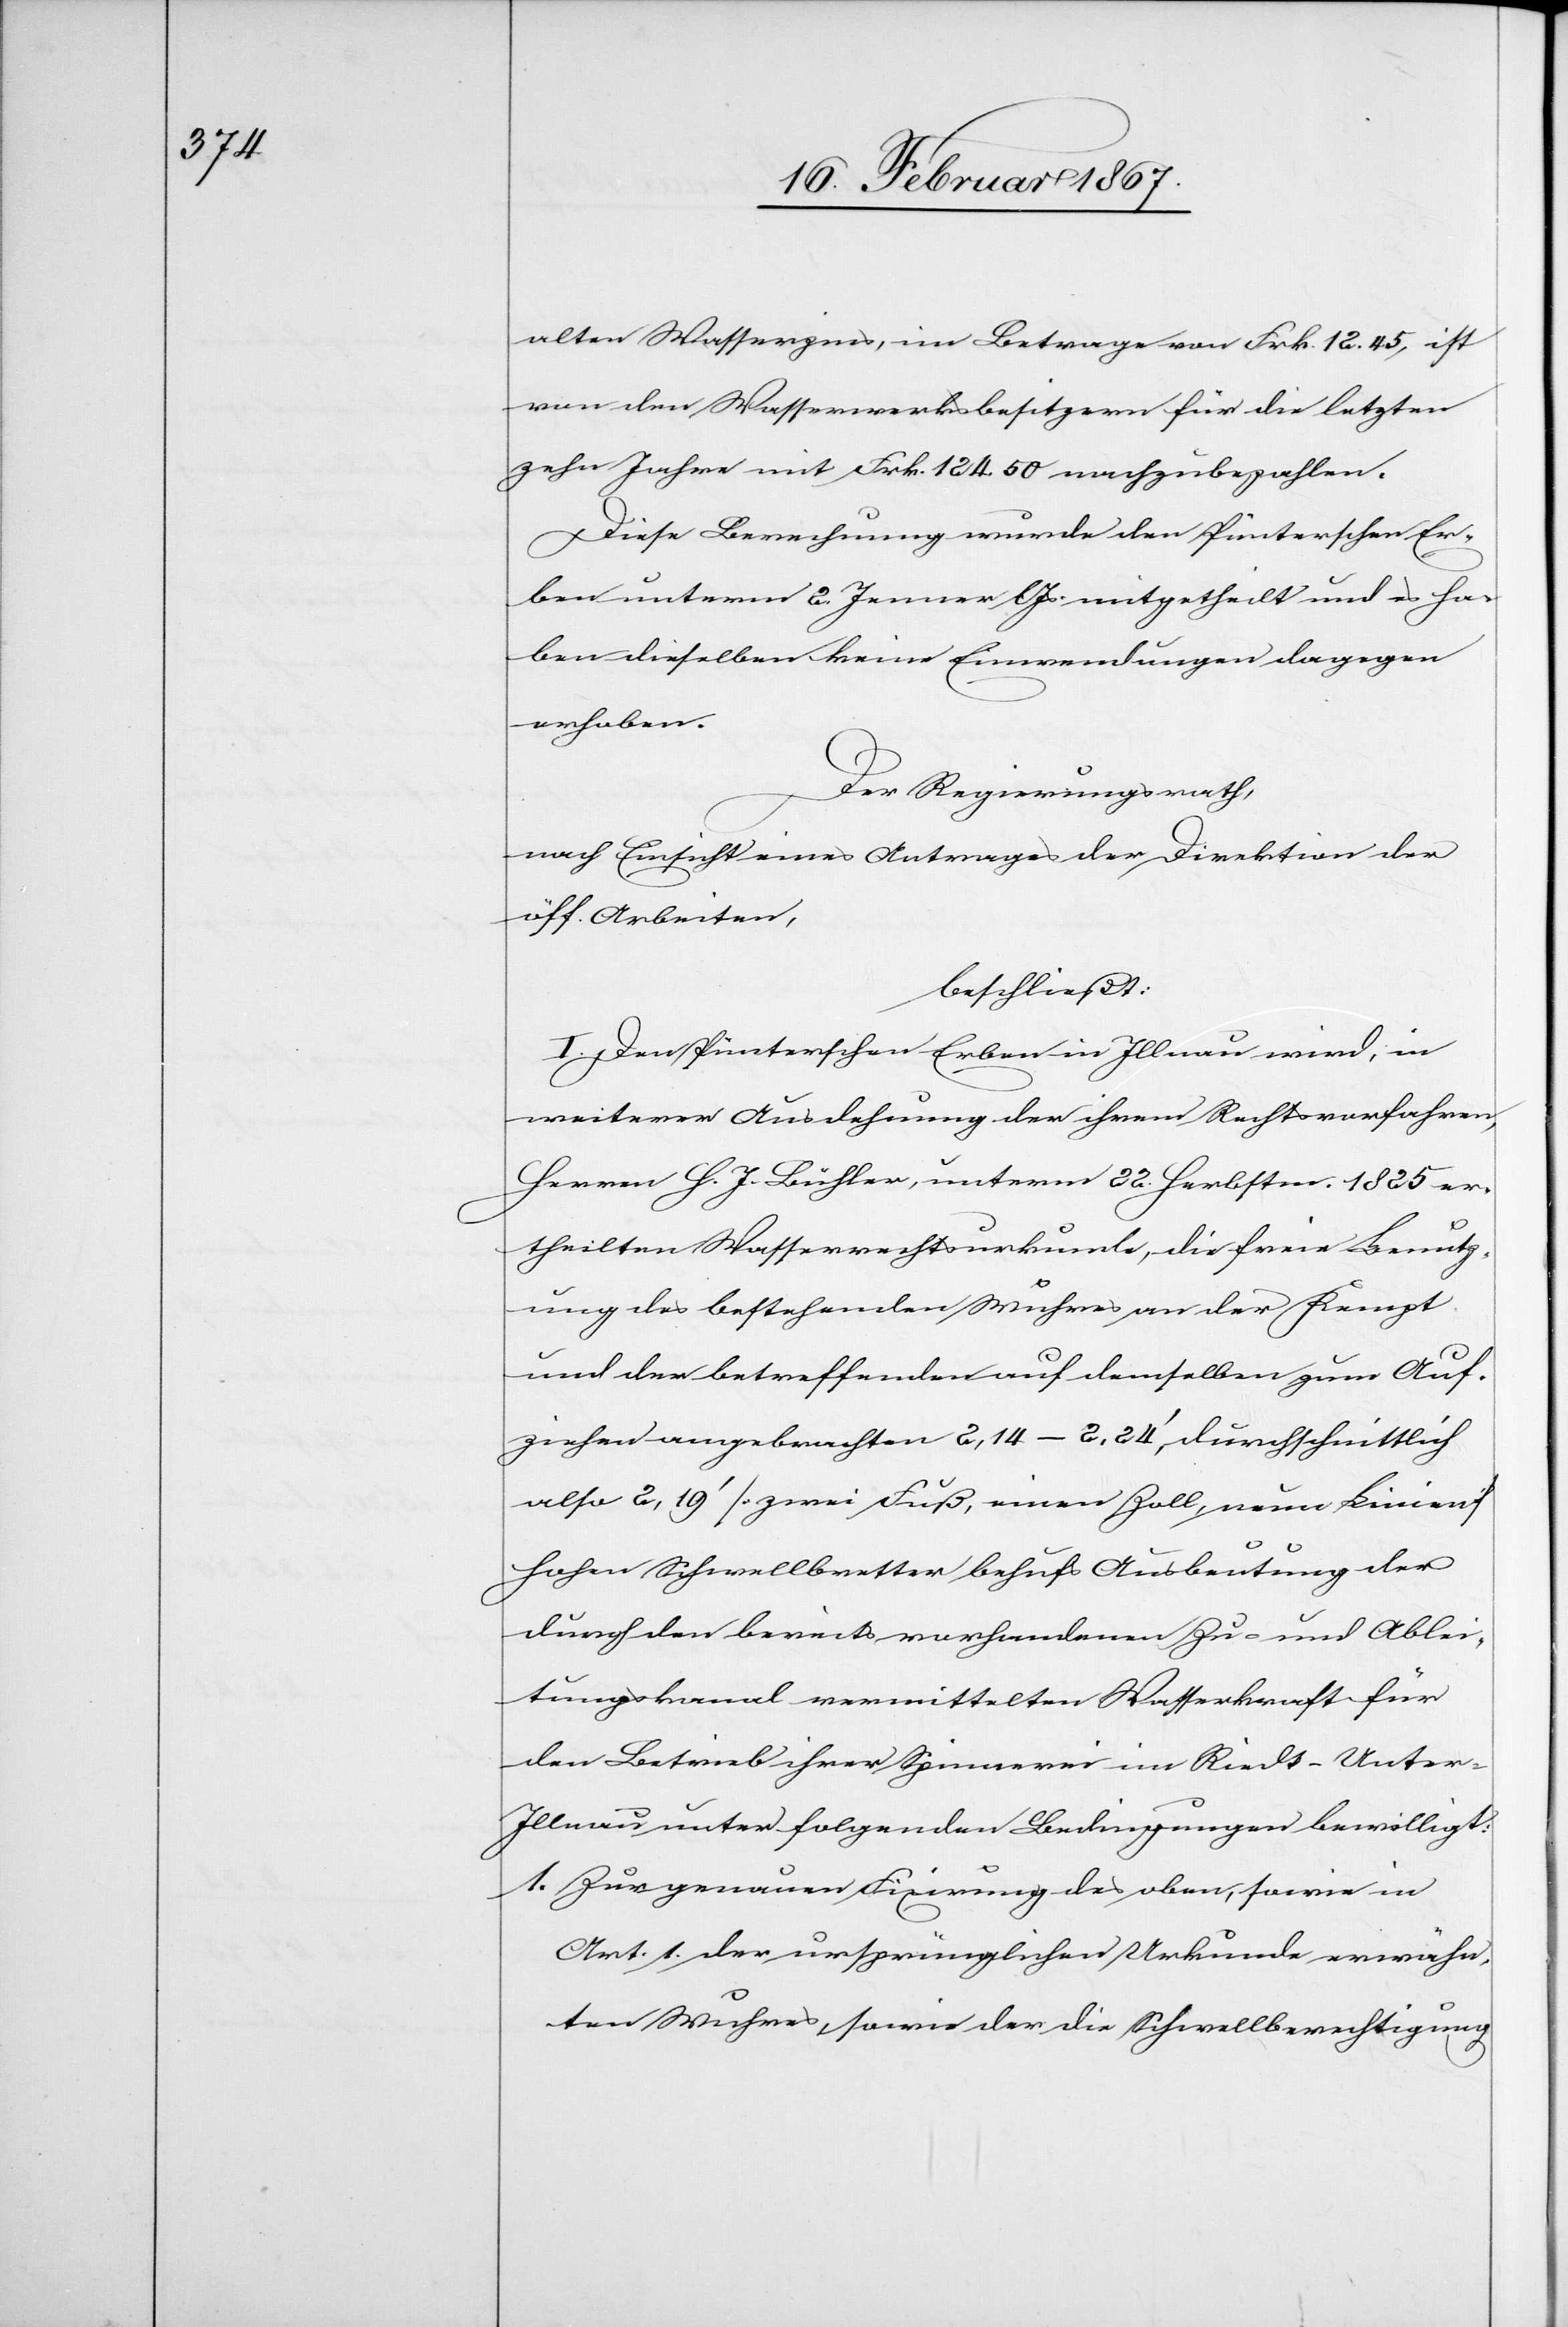
alten Wasserzins, im Betrage von Frk. 12. 45, ist
von den Wasserwerksbesitzern für die letzten
zehn Jahre mit Frk. 124. 50 nachzubezahlen.
Diese Berechnung wurde den Pünterschen Er¬
ben unterm 2. Jenner l. Js mitgetheilt und es ha¬
ben dieselben keine Einwendungen dagegen
erhoben.
Der Regierungsrath,
nach Einsicht eines Antrages der Direktion der
öff. Arbeiten,
beschließt:
I. Den Pünterschen Erben in Illnau wird, in
weiterer Ausdehnung der ihrem Rechtsvorfahren,
Herren H. J. Bühler, unterm 22. Herbstm. 1825 er¬
theilten Wasserrechtsurkunde, die freie Benutz¬
ung des bestehenden Wuhres an der Kempt
und der betreffenden auf demselben zum Auf¬
ziehen angebrachten 2,14–2,24’, durchschnittlich
also 2,19’ [zwei Fuß, einen Zoll, neun Linien]
hohen Schwellbretter behufs Ausbeutung der
durch den bereits vorhandenen Zu- und Ablei¬
tungskanal vermittelten Wasserkraft für
den Betrieb ihrer Spinnerei im Riedt-Unte¬
r-Illnau unter folgenden Bedingungen bewilligt:
1.	Zur genauen Fixirung des oben, sowie in
Art. 1 der ursprünglichen Urkunde erwähn¬
ten Wuhres, sowie der die Schwellberechtigung